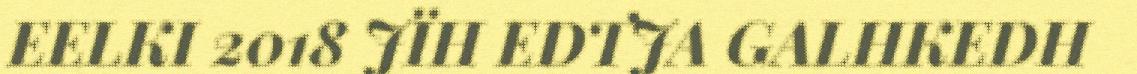
EELKI 2018 JÏH EDTJA GALHKEDH